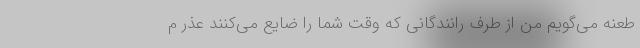
طعنه می‌گویم من از طرف رانندگانی که وقت شما را ضایع می‌کنند عذر م